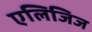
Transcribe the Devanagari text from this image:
एलिजिज